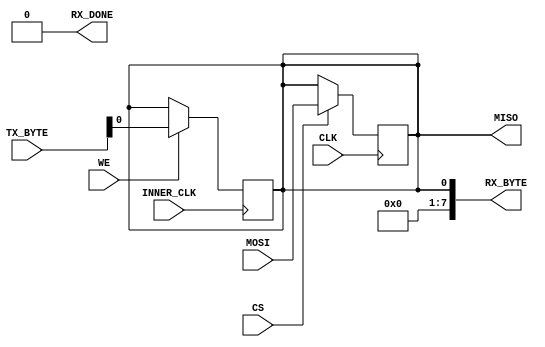
module SPI_Slave (
	//interface
	input  wire CLK,
	input  wire CS,
	input  wire MOSI,
	output reg  MISO,
	
	//inner control
	output wire [7:0] RX_BYTE,
	output wire       RX_DONE,
	input  wire [7:0] TX_BYTE,
	input  wire       WE,
	input  wire       INNER_CLK
);
	reg [2:0] rx_bits_count;

	always @(posedge CLK)
	begin
		if (CS)
		begin
			MISO          <= {MISO[6:0], MOSI};
			rx_bits_count <= rx_bits_count + 1;
		end
	end

	always @(posedge INNER_CLK)
	begin
		if (WE)
		begin
			MISO <= TX_BYTE;
			rx_bits_count <= 0;
		end
	end

	assign RX_DONE = (rx_bits_count == 8) ? 1'b1 : 1'b0;
	assign RX_BYTE = MISO;
endmodule